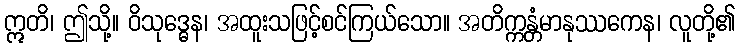
ဣတိ၊ ဤသို့။ ဝိသုဒ္ဓေန၊ အထူးသဖြင့်စင်ကြယ်သော။ အတိက္ကန္တံမာနုဿကေန၊ လူတို့၏